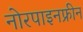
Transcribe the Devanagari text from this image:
नोरपाइनफ्रीन